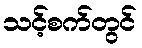
သင့်စက်တွင်